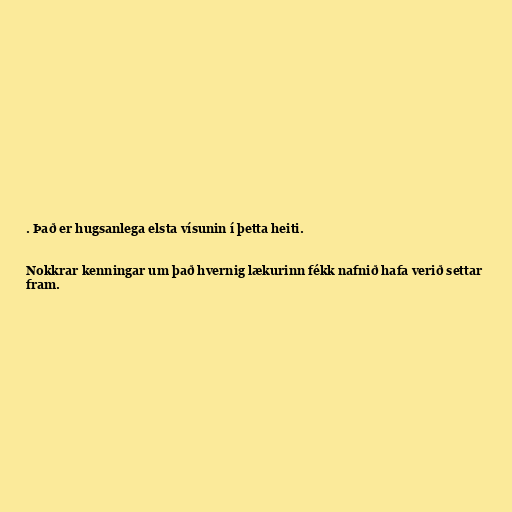
. Það er hugsanlega elsta vísunin í þetta heiti.

Nokkrar kenningar um það hvernig lækurinn fékk nafnið hafa verið settar
fram.